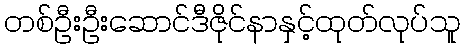
တစ်ဦးဦးဆောင်ဒီဇိုင်နာနှင့်ထုတ်လုပ်သူ